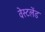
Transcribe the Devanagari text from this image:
वेस्टलेंड